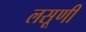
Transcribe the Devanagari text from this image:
लसूणी